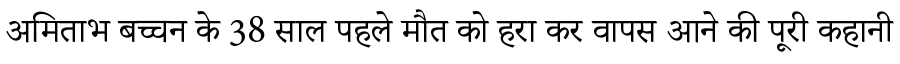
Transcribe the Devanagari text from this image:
अमिताभ बच्चन के 38 साल पहले मौत को हरा कर वापस आने की पूरी कहानी